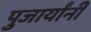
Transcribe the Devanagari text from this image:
पुजार्यांनी